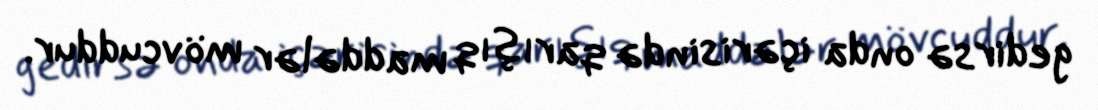
gedirsə onda içərisində qarışıq maddələr mövcuddur.